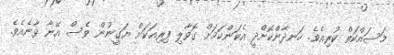
މަސައްކަތް ކުރިއެވެ. ހަނދާންކޮށްދީ އެކަންކަމަށް ގޮވާލި ފިރިއަކަށް ޔަގީނުން ވެސް އޭނާ ވާނެއެވެ.